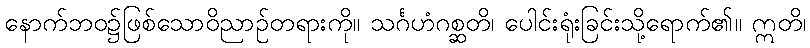
နောက်ဘဝ၌ဖြစ်သောဝိညာဉ်တရားကို။ သင်္ဂဟံဂစ္ဆတိ၊ ပေါင်းရုံးခြင်းသို့ရောက်၏။ ဣတိ၊